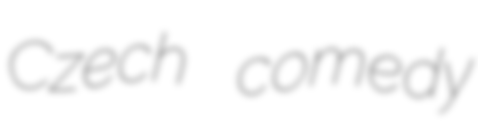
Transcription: Czech comedy